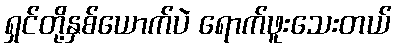
ရှင်တို့နှစ်ယောက်ပဲ ရောက်ဖူးသေးတယ်